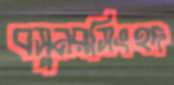
বসুনরসিংহদ